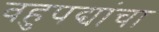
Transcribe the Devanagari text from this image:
वहुपद्यांचा